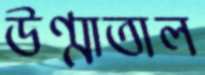
উণ্মাতাল